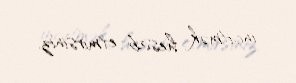
incitmək hesab etmirsiniz.